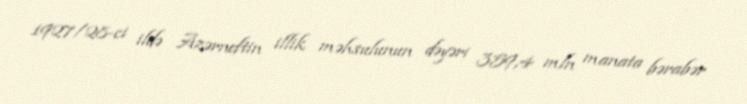
1927/28-ci ildə Azərneftin illik məhsulunun dəyəri 359,4 mln manata bərabər